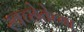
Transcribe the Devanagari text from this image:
स्वच्छेतेच्या